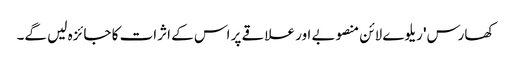
کھارس' ریلوے لائن منصوبے اور علاقے پر اس کے اثرات کا جائزہ لیں گے۔